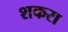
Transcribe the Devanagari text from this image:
शकरा